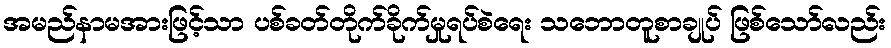
အမည်နာမအားဖြင့်သာ ပစ်ခတ်တိုက်ခိုက်မှုရပ်စဲရေး သဘောတူစာချုပ် ဖြစ်သော်လည်း